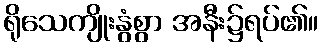
ရိုသေကျိုးနွံစွာ အနီး၌ရပ်၏။